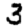
Digit: 3